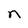
Character: n